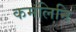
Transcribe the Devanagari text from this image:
कमलिनि